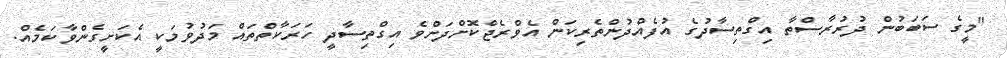
"މީގެ ސަބަބުން ދުރުރާސްތާ އިގްތިސާދުގެ އުފެއްދުންތެރިކަން އެވްރެޖްކޮށްދަށްވެ އިގްތިސާދީ ހަރަކާތްތައް މަދުވުމަކީ އެކަށީގެންވާކަމެއް.